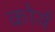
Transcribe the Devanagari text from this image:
कोर्य